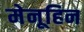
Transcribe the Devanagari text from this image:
मेनूहिन